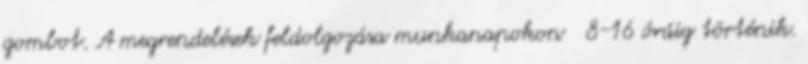
gombot. A megrendelések feldolgozása munkanapokon 8-16 óráig történik.